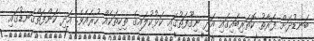
ބަނޑުދަށް ފަރާތު ކޮތަރިބައިގައި އަދި ނިގޫފަތުގައި ކަޅުކުލައިގެ ތިކިތަކެއް ހުރެއެވެ. އަދި ކަންފަތްގަނޑުގައި